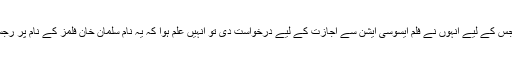
اداکارہ کنگنا رناوت نے اپنی فلم کا نام ’مینٹل‘ تجویز کیا تھا جس کے لیے انہوں نے فلم ایسوسی ایشن سے اجازت کے لیے درخواست دی تو انہیں علم ہوا کہ یہ نام سلمان خان فلمز کے نام پر رجسٹرڈ ہے جس پر انہیں سلو میاں سے رابطہ کرنے کا کہا گیا۔